system: You are a helpful assistant.
user:
Analyze the provided spectrum to determine if it is a **S-type Star**.

- **Key Indicators for S-type Star:**

    - **(Overall Spectrum Shape):** The first and most obvious characteristic is the overall continuum (the "baseline" shape). It is **extremely "red-sloping,"** meaning the flux (light intensity) is very low on the left side (blue, ~4000-4500 Å) and rises steeply and continuously toward the right side (red, ~7000 Å+).

    - **(Primary):** The spectrum is defined by the presence of strong, broad molecular absorption "valleys" (bands) from **Zirconium Oxide (ZrO)**. The identification of these bands is the **primary requirement** for classifying a star as S-type.
        - **(Key Bandheads):** You must find distinct, deep "dips" where the light has been absorbed. The most critical band systems to locate are:
            - **~6474 Å** ($\gamma$-system): This is often the strongest and clearest ZrO feature, found in the red part of the spectrum.
            - **~5718 Å** & **~5551 Å** ($\beta$-system): A pair of prominent absorption features in the yellow-orange part of the spectrum.
            - **~4640 Å** ($\alpha$-system): A key absorption band system in the blue-green region of the spectrum.

    - **(Secondary Confirmation):** The classification is strengthened by finding additional absorption bands from other related heavy element oxides, which are expected to be present alongside ZrO.
        - **(Key Bandheads):**
            - **Yttrium Oxide (YO):** Look for absorption dips near **~4800 Å** and **~6100 Å**.
            - **Lanthanum Oxide (LaO):** Additional absorption features, particularly in the red-orange part of the spectrum, are also characteristic.

    - **(Line Profile):** The combination of the steep red continuum and these numerous, deep molecular bands (ZrO, YO, etc.) gives the entire spectrum a very **"chopped-up"** or **"bumpy"** appearance. Instead of a smooth curve, the spectrum looks as though large, wide chunks of light have been "carved out" of it at the specific wavelengths listed above.

Think first, call **spectral_visualization_tool** if needed to examine features in detail, then provide your final answer. Your response must adhere to the following strict rules:
1.  **Overall Structure:** Your response must follow the format `<think>...</think> <tool_call>...</tool_call> (if a tool is used) <answer>...</answer>`.
2.  **Tool Usage Constraint:** You may only make **one** tool call per turn.
3.  **Final Answer Format:** In the `<answer>` tag, your conclusion must be inside a `\boxed{}` command (e.g., `\boxed{YES}` or `\boxed{NO}`), followed by your justification.

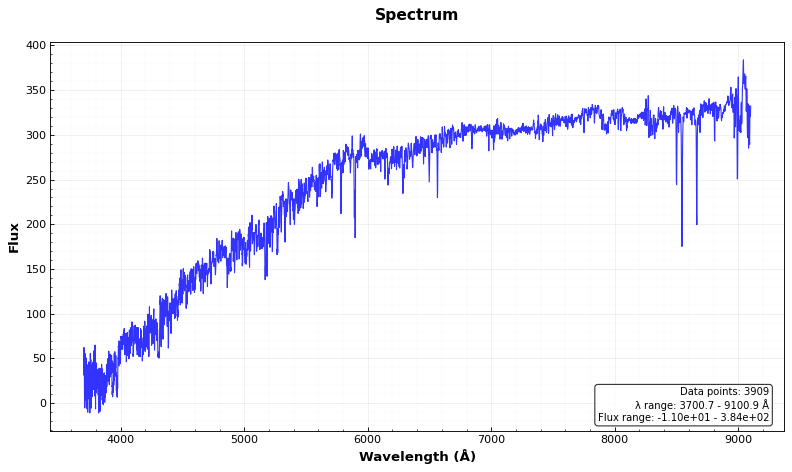
Answer: NO